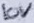
Text: 10V